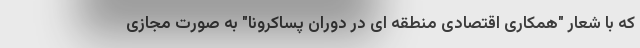
که با شعار "همکاری اقتصادی منطقه ای در دوران پساکرونا" به صورت مجازی